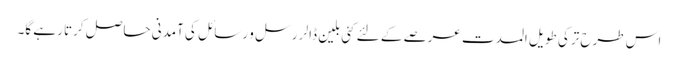
اس طرح ترکی طویل المدت عرصے کے لئے کئی بلین ڈالر رسل و رسائل کی آمدنی حاصل کرتا رہے گا۔